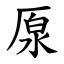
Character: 厡